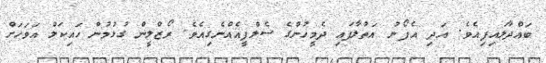
ބައްދާލައިފިއެވެ. އަދި އެފޯނު އަތުލާފައި ދެމީހުންގެ ސެލްފީއެއްނެގިއެވެ. ރޯޒްލީން ގުޅުމުން ހައިކަލް އަވަހަށް